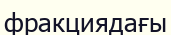
фракциядағы